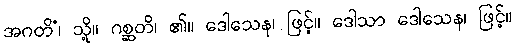
အဂတိံ၊ သို့။ ဂစ္ဆတိ၊ ၏။ ဒေါသေန၊ ဖြင့်။ ဒေါသာ ဒေါသေန၊ ဖြင့်။